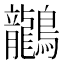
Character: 𪈗